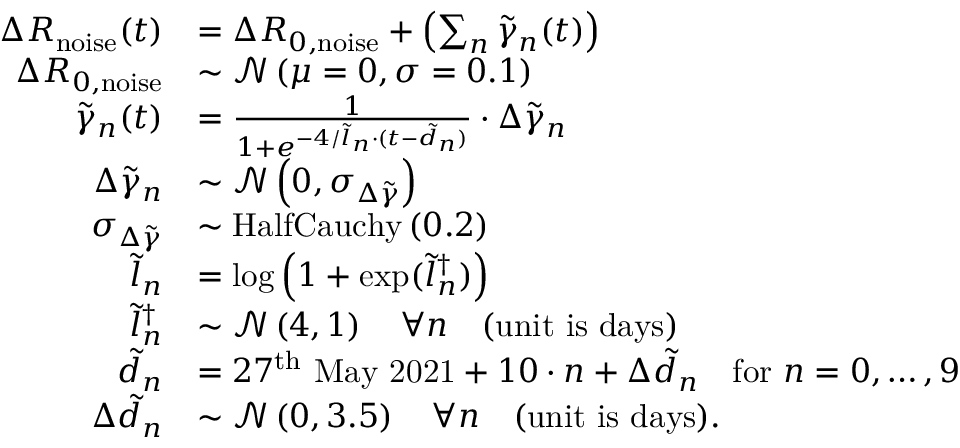
\begin{array} { r l } { \Delta R _ { \mathrm { n o i s e } } ( t ) } & { = \Delta R _ { 0 , \mathrm { n o i s e } } + \left( \sum _ { n } \tilde { \gamma } _ { n } ( t ) \right) } \\ { \Delta R _ { 0 , \mathrm { n o i s e } } } & { \sim \mathcal { N } \left( \mu = 0 , \sigma = 0 . 1 \right) } \\ { \tilde { \gamma } _ { n } ( t ) } & { = \frac { 1 } { 1 + e ^ { - 4 / \tilde { l } _ { n } \cdot ( t - \tilde { d } _ { n } ) } } \cdot \Delta \tilde { \gamma } _ { n } } \\ { \Delta \tilde { \gamma } _ { n } } & { \sim \mathcal { N } \left( 0 , \sigma _ { \Delta \tilde { \gamma } } \right) } \\ { \sigma _ { \Delta \tilde { \gamma } } } & { \sim \mathrm { H a l f C a u c h y } \left( 0 . 2 \right) } \\ { \tilde { l } _ { n } } & { = \log \left( 1 + \exp ( \tilde { l } _ { n } ^ { \dagger } ) \right) } \\ { \tilde { l } _ { n } ^ { \dagger } } & { \sim \mathcal { N } \left( 4 , 1 \right) \quad \forall n \quad \mathrm { ( u n i t ~ i s ~ d a y s ) } } \\ { \tilde { d } _ { n } } & { = 2 7 ^ { \mathrm { t h } } \mathrm { ~ M a y ~ 2 0 2 1 } + 1 0 \cdot n + \Delta \tilde { d } _ { n } \quad \mathrm { f o r ~ } n = { 0 , \dots , 9 } } \\ { \Delta \tilde { d } _ { n } } & { \sim \mathcal { N } \left( 0 , 3 . 5 \right) \quad \forall n \quad \mathrm { ( u n i t ~ i s ~ d a y s ) } . } \end{array}